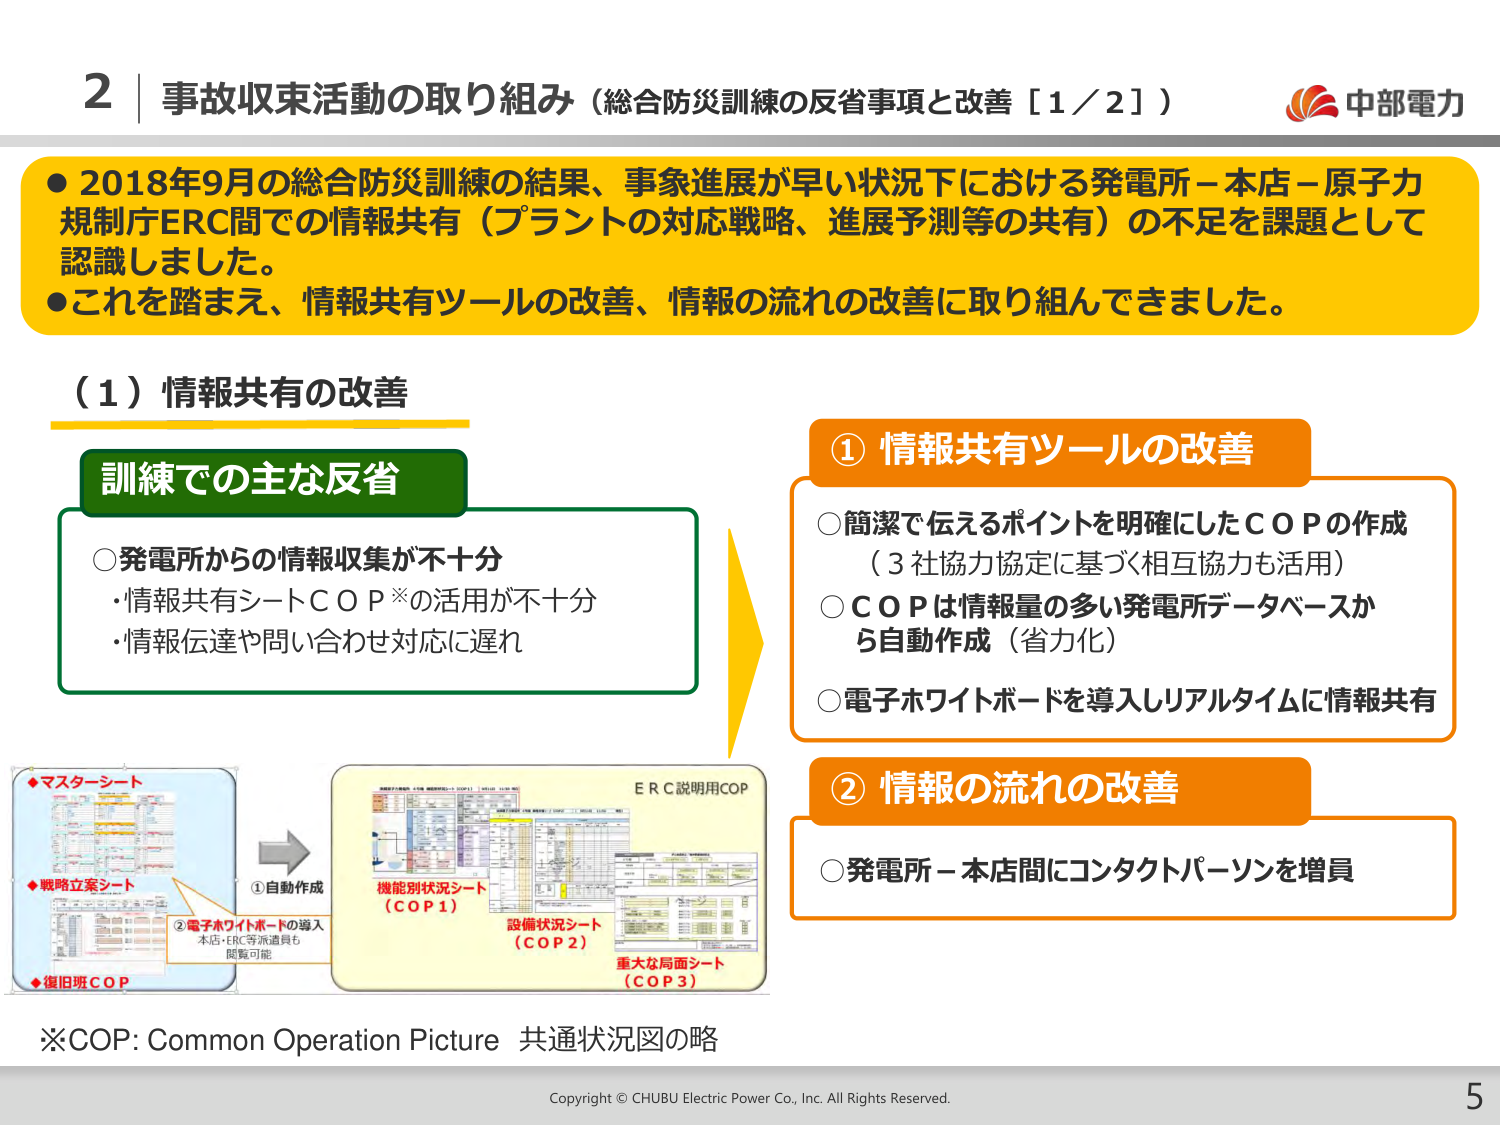
2 | 事故収束活動の取り組み（総合防災訓練の反省事項と改善［1／2］）

●2018年9月の総合防災訓練の結果、事象進展が早い状況下における発電所－本店－原子力規制庁ERC間での情報共有（プラントの対応戦略、進展予測等の共有）の不足を課題として認識しました。
●これを踏まえ、情報共有ツールの改善、情報の流れの改善に取り組んできました。

（1）情報共有の改善

訓練での主な反省
○発電所からの情報収集が不十分
・情報共有シートＣＯＰ※の活用が不十分
・情報伝達や問い合わせ対応に遅れ

① 情報共有ツールの改善
○簡潔で伝えるポイントを明確にしたＣＯＰの作成（3社協力協定に基づく相互協力も活用）
○ＣＯＰは情報量の多い発電所データベースから自動作成（省力化）
○電子ホワイトボードを導入しリアルタイムに情報共有

② 情報の流れの改善
○発電所－本店間にコンタクトパーソンを増員

◆マスターシート
◆戦略立案シート
◆復旧班ＣＯＰ
①自動作成
②電子ホワイトボードの導入
本店・ERC等派遣員も閲覧可能

ＥＲＣ説明用ＣＯＰ
機能別状況シート（ＣＯＰ１）
設備状況シート（ＣＯＰ２）
重大な局面シート（ＣＯＰ３）

※COP: Common Operation Picture 共通状況図の略

Copyright © CHUBU Electric Power Co., Inc. All Rights Reserved.
5

中部電力